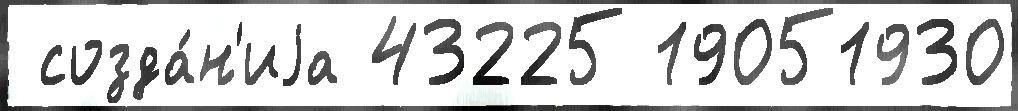
 созда́н'иjа 43225 19051930